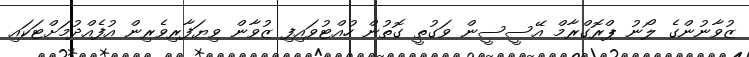
ޒުވާނުންގެ ލޯނު ޕްރޮގްރާމް އޭސީސީން ވަގުތީ ގޮތުން ހުއްޓުވައިފި ޒުވާން ވިޔަފާރިވެރިން އުފެއްދުމަށްޓަކައި